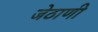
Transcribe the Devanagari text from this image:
जेठाणी